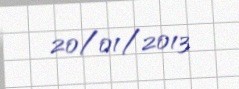
20/01/2013